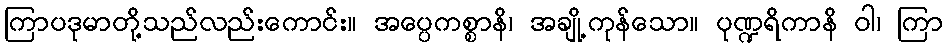
ကြာပဒုမာတို့သည်လည်းကောင်း။ အပ္ပေကစ္စာနိ၊ အချို့ကုန်သော။ ပုဏ္ဍရိကာနိ ဝါ၊ ကြာ